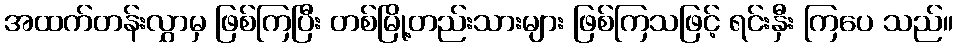
အထက်တန်းလွှာမှ ဖြစ်ကြပြီး တစ်မြို့တည်းသားများ ဖြစ်ကြသဖြင့် ရင်းနှီး ကြပေ သည်။